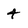
Character: 4